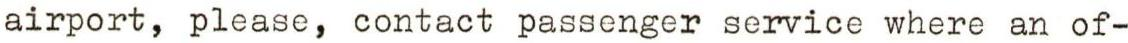
airport, please, contact passenger service where an of-